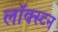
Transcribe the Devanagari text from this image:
लॉक्स्टन